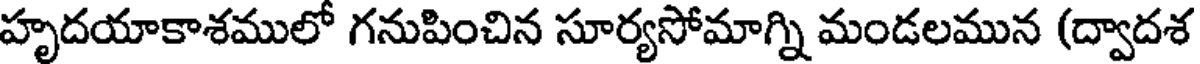
హృదయాకాశములో గనుపించిన సూర్యసోమాగ్ని మండలమున (ద్వాదశ